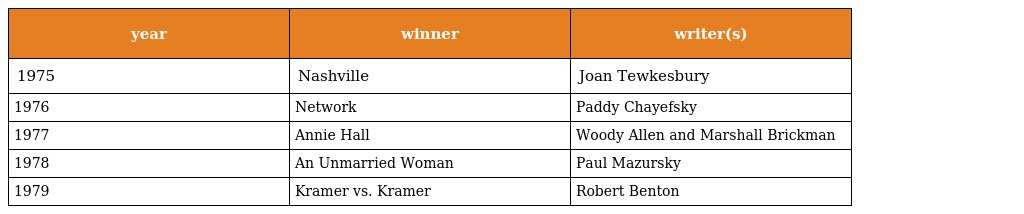
| year | winner | writer(s) |
 | --- | --- | --- |
 | 1975 | Nashville | Joan Tewkesbury |
 | 1976 | Network | Paddy Chayefsky |
 | 1977 | Annie Hall | Woody Allen and Marshall Brickman |
 | 1978 | An Unmarried Woman | Paul Mazursky |
 | 1979 | Kramer vs. Kramer | Robert Benton |